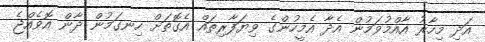
އަދި މިހާރު އާއްމުވަމުން އެދާ އެމީހުންގެ ވިޔަފާރިތައް އެގޮތަށް ހިނގަމުން ދާން އޮވެއްޖެ